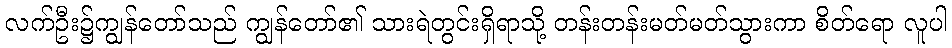
လက်ဦး၌ကျွန်တော်သည် ကျွန်တော်၏ သားရဲတွင်းရှိရာသို့ တန်းတန်းမတ်မတ်သွားကာ စိတ်ရော လူပါ